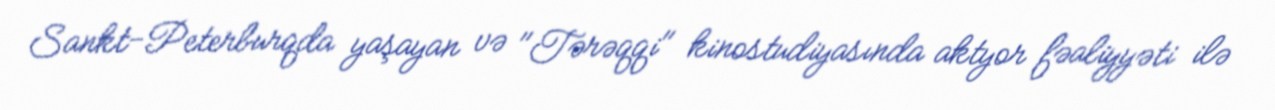
Sankt-Peterburqda yaşayan və "Tərəqqi" kinostudiyasında aktyor fəaliyyəti ilə